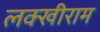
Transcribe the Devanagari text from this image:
लक्खीराम